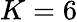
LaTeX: K=6